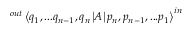
^ { o u t } \left\langle q _ { 1 } , . . . q _ { n - 1 } , q _ { n } \left| A \right| p _ { n } , p _ { n - 1 } , . . . p _ { 1 } \right\rangle ^ { i n }